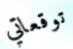
توقعاتي